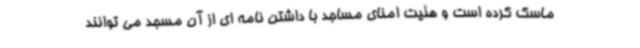
ماسک کرده است و هئیت امنای مساجد با داشتن نامه ای از آن مسجد می توانند